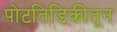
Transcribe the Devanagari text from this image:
पोटतिडिकीतून